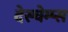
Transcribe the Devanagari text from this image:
देस्चेम्प्स